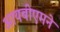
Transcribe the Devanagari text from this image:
आयबीएमने